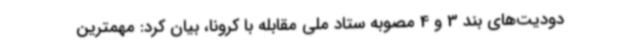
دودیت‌های بند 3 و 4 مصوبه ستاد ملی مقابله با کرونا، بیان کرد: مهمترین